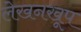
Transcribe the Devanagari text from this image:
लेखनखूप